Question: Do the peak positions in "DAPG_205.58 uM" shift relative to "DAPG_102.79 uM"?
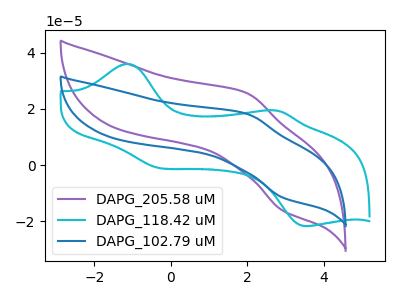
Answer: <think>The purple curve "DAPG_205.58 uM" has an anodic peak at (1.95V, 25.75uA) and a cathodic peak at (2.95V, -16.15uA). The cyan curve "DAPG_118.42 uM" has anodic peaks at (-1.10V, 36.05uA) (2.80V, 19.40uA) and cathodic peaks at (-0.30V, -1.00uA) (3.50V, -21.65uA). The blue curve "DAPG_102.79 uM" has an anodic peak at (1.95V, 18.35uA) and a cathodic peak at (2.95V, -11.50uA).
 All the peaks in "DAPG_205.58 uM" have a peak in "DAPG_102.79 uM" at the same potential. Every peak in "DAPG_205.58 uM" is higher than every peak in "DAPG_102.79 uM".</think>
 <answer>No, "DAPG_205.58 uM" and "DAPG_102.79 uM" don't appear to be significantly different in shape</answer>
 <eval>no_change</eval>